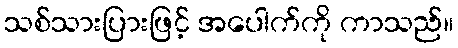
သစ်သားပြားဖြင့် အပေါက်ကို ကာသည်။